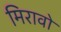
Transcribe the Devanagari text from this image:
मिरावो